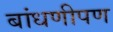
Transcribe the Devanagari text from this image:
बांधणीपण